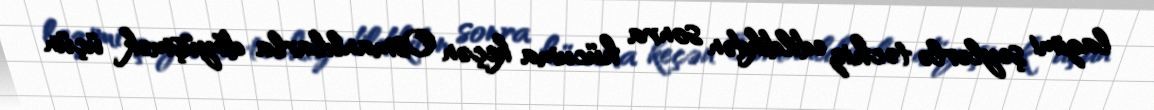
lazimi şeylərlə təchiz edildikdən sonra hücuma keçən Osmanlılarla döyüşmək üçün